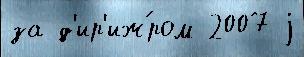
за д'ир'иж́ром 2007 j